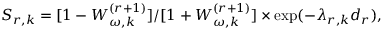
{ \cal S } _ { r , k } = [ 1 - { \cal W } _ { \omega , k } ^ { ( r + 1 ) } ] / [ 1 + { \cal W } _ { \omega , k } ^ { ( r + 1 ) } ] \times \exp ( - \lambda _ { r , k } d _ { r } ) ,